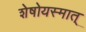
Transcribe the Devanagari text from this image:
शेषोयस्मात्